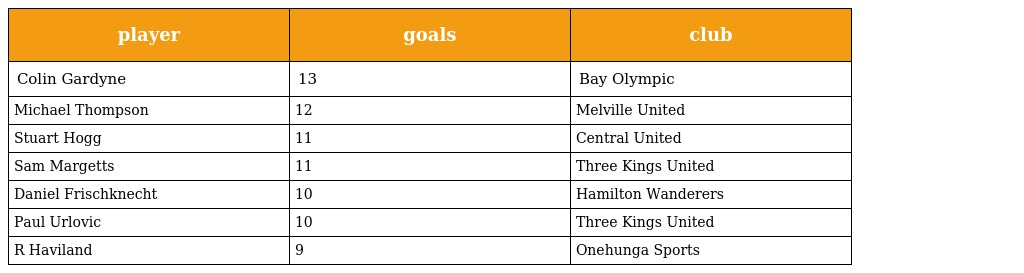
| player | goals | club |
 | --- | --- | --- |
 | Colin Gardyne | 13 | Bay Olympic |
 | Michael Thompson | 12 | Melville United |
 | Stuart Hogg | 11 | Central United |
 | Sam Margetts | 11 | Three Kings United |
 | Daniel Frischknecht | 10 | Hamilton Wanderers |
 | Paul Urlovic | 10 | Three Kings United |
 | R Haviland | 9 | Onehunga Sports |